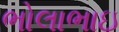
ભોલાભાઇ